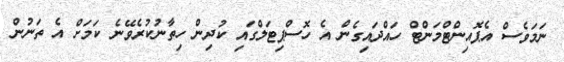
ނަމަވެސް އެޕޮއިންޓްމަންޓް ހައްދައިގެން އެ ހޮސްޕިޓަލްގައި ކުދިން ހިތާނުކުރެވޭނެ ކަމަށް އެ ތަނުން